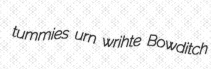
tummies urn wrihte Bowditch